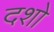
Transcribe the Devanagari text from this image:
दशो